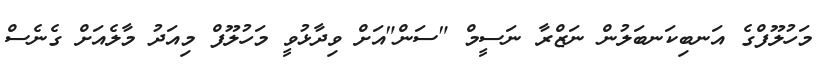
މަހުލޫފްގެ އަނބިކަނބަލުން ނަޒްރާ ނަސީމް "ސަން"އަށް ވިދާޅުވީ މަހުލޫފް މިއަދު މާލެއަށް ގެނެސް